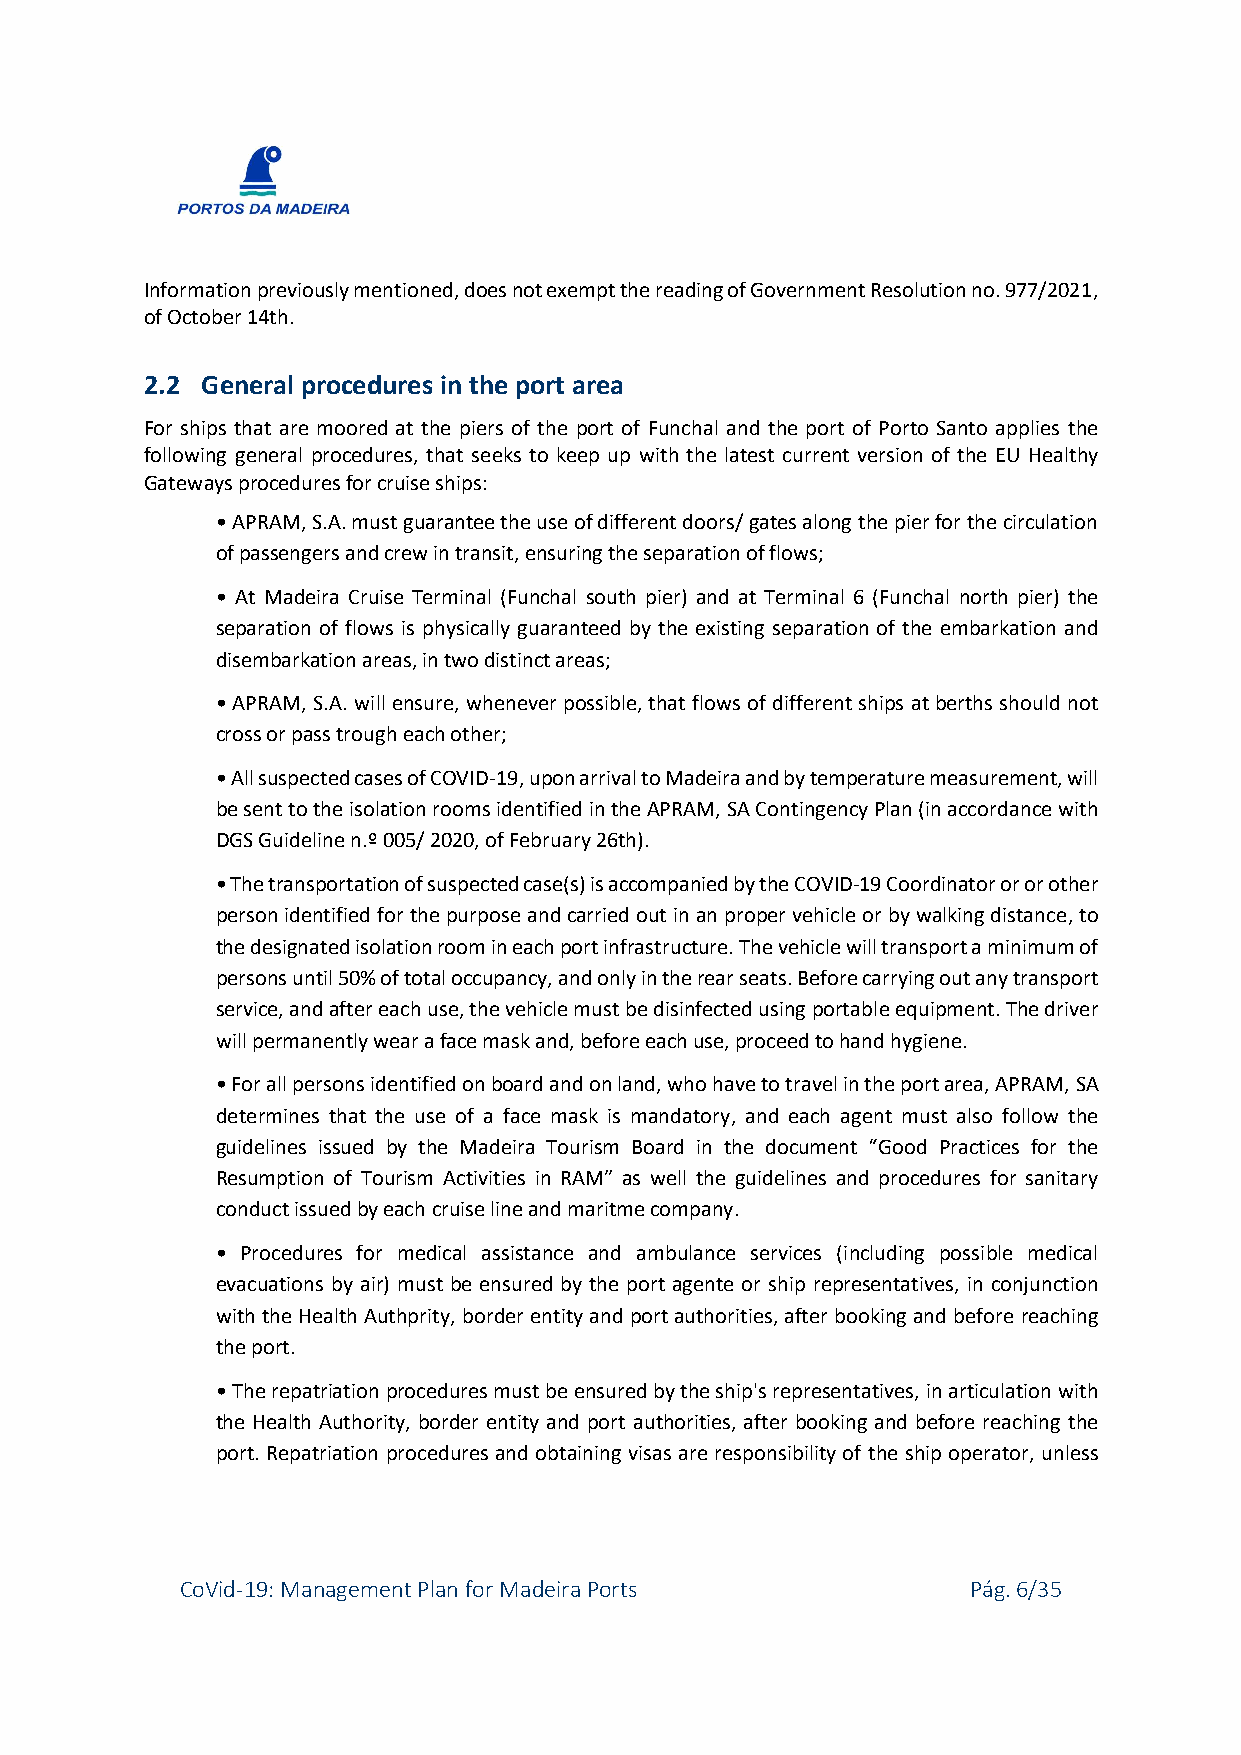
Information previously mentioned, does not exempt the reading of Government Resolution no. 977/2021,
 of October 14th.
 2.2 General procedures in the port area
 For ships that are moored at the piers of the port of Funchal and the port of Porto Santo applies the
 following general procedures, that seeks to keep up with the latest current version of the EU Healthy
 Gateways procedures for cruise ships:
 • APRAM, S.A. must guarantee the use of different doors/ gates along the pier for the circulation
 of passengers and crew in transit, ensuring the separation of flows;
 • At Madeira Cruise Terminal (Funchal south pier) and at Terminal 6 (Funchal north pier) the
 separation of flows is physically guaranteed by the existing separation of the embarkation and
 disembarkation areas, in two distinct areas;
 • APRAM, S.A. will ensure, whenever possible, that flows of different ships at berths should not
 cross or pass trough each other;
 • All suspected cases of COVID-19, upon arrival to Madeira and by temperature measurement, will
 be sent to the isolation rooms identified in the APRAM, SA Contingency Plan (in accordance with
 DGS Guideline n.º 005/ 2020, of February 26th).
 • The transportation of suspected case(s) is accompanied by the COVID-19 Coordinator or or other
 person identified for the purpose and carried out in an proper vehicle or by walking distance, to
 the designated isolation room in each port infrastructure. The vehicle will transport a minimum of
 persons until 50% of total occupancy, and only in the rear seats. Before carrying out any transport
 service, and after each use, the vehicle must be disinfected using portable equipment. The driver
 will permanently wear a face mask and, before each use, proceed to hand hygiene.
 • For all persons identified on board and on land, who have to travel in the port area, APRAM, SA
 determines that the use of a face mask is mandatory, and each agent must also follow the
 guidelines issued by the Madeira Tourism Board in the document “Good Practices for the
 Resumption of Tourism Activities in RAM” as well the guidelines and procedures for sanitary
 conduct issued by each cruise line and maritme company.
 • Procedures for medical assistance and ambulance services (including possible medical
 evacuations by air) must be ensured by the port agente or ship representatives, in conjunction
 with the Health Authprity, border entity and port authorities, after booking and before reaching
 the port.
 • The repatriation procedures must be ensured by the ship's representatives, in articulation with
 the Health Authority, border entity and port authorities, after booking and before reaching the
 port. Repatriation procedures and obtaining visas are responsibility of the ship operator, unless
 CoVid-19: Management Plan for Madeira Ports         Pág. 6/35